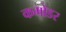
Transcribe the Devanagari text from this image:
कमोडर